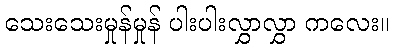
သေးသေးမှုန်မှုန် ပါးပါးလွှာလွှာ ကလေး။